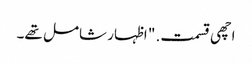
اچھی قسمت. " اظہار شامل تھے۔